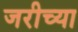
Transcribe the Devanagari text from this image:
जरीच्या